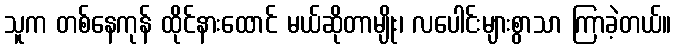
သူက တစ်နေကုန် ထိုင်နားထောင် မယ်ဆိုတာမျိုး၊ လပေါင်းများစွာသာ ကြာခဲ့တယ်။